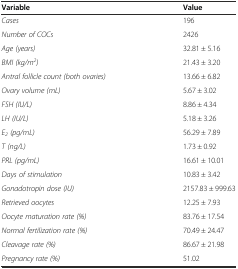
<table><thead><tr><td><b>Variable</b></td><td><b>Value</b></td></tr></thead><tbody><tr><td><i>Cases</i></td><td>196</td></tr><tr><td><i>Number of COCs</i></td><td>2426</td></tr><tr><td><i>Age (years)</i></td><td>32.81 ± 5.16</td></tr><tr><td><i>BMI (kg/m</i><sup><i>2</i></sup><i>)</i></td><td>21.43 ± 3.20</td></tr><tr><td><i>Antral follicle count (both ovaries)</i></td><td>13.66 ± 6.82</td></tr><tr><td><i>Ovary volume (mL)</i></td><td>5.67 ± 3.02</td></tr><tr><td><i>FSH (IU/L)</i></td><td>8.86 ± 4.34</td></tr><tr><td><i>LH (IU/L)</i></td><td>5.18 ± 3.26</td></tr><tr><td><i>E</i><sub><i>2</i></sub><i>(pg/mL)</i></td><td>56.29 ± 7.89</td></tr><tr><td><i>T (ng/L)</i></td><td>1.73 ± 0.92</td></tr><tr><td><i>PRL (pg/mL)</i></td><td>16.61 ± 10.01</td></tr><tr><td><i>Days of stimulation</i></td><td>10.83 ± 3.42</td></tr><tr><td><i>Gonadotropin dose (IU)</i></td><td>2157.83 ± 999.63</td></tr><tr><td><i>Retrieved oocytes</i></td><td>12.25 ± 7.93</td></tr><tr><td><i>Oocyte maturation rate (%)</i></td><td>83.76 ± 17.54</td></tr><tr><td><i>Normal fertilization rate (%)</i></td><td>70.49 ± 24.47</td></tr><tr><td><i>Cleavage rate (%)</i></td><td>86.67 ± 21.98</td></tr><tr><td><i>Pregnancy rate (%)</i></td><td>51.02</td></tr></tbody></table>